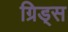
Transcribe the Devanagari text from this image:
ग्रिड्स